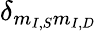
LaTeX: \delta_{m_{I,S}m_{I,D}}